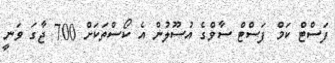
ފަސްޓް ކަމް ފަސްޓް ސާވްގެ އުސޫލުން އެ ކޯސްތަކަށް 700 ޖާގަ ވަނީ